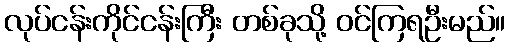
လုပ်ငန်းကိုင်ငန်းကြီး တစ်ခုသို့ ဝင်ကြရဦးမည်။